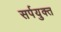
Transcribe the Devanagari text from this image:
सर्पयुक्त